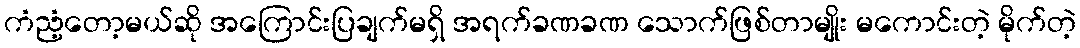
ကံညံ့တော့မယ်ဆို အကြောင်းပြချက်မရှိ အရက်ခဏခဏ သောက်ဖြစ်တာမျိုး မကောင်းတဲ့ မိုက်တဲ့